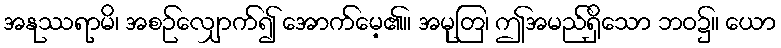
အနုဿရာမိ၊ အစဉ်လျှောက်၍ အောက်မေ့၏။ အမုတြ၊ ဤအမည်ရှိသော ဘဝ၌။ ယော